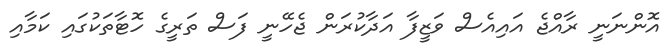
އޮންނަނީ ރާއްޖެ އައިއެސް ވަޒީފާ އަދާކުރަން ޖެހޭނީ ފަސް ތަރީގެ ހޮޓާތަކުގައި ކަމާއި